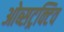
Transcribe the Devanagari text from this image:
ओब्सट्रक्टिव